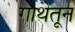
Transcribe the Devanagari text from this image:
गाथेतून